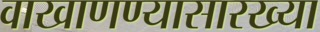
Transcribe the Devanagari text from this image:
वाखाणण्यासारख्या